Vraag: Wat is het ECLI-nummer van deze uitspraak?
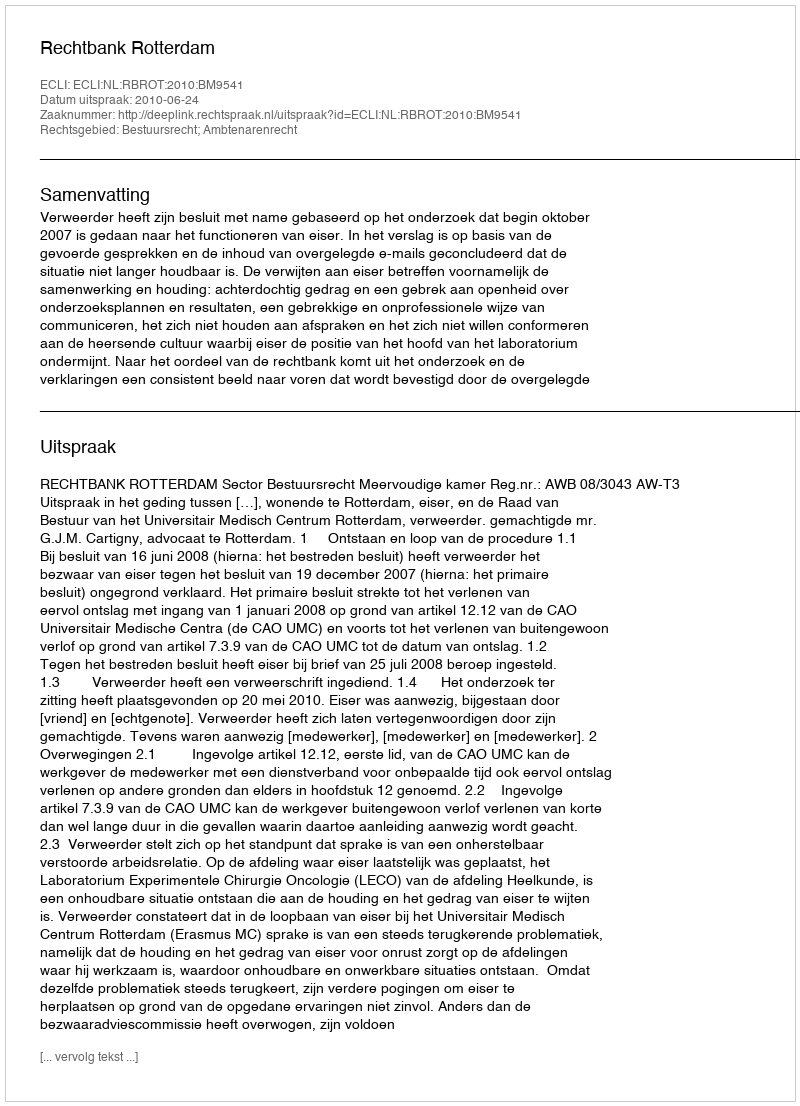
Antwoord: ECLI:NL:RBROT:2010:BM9541